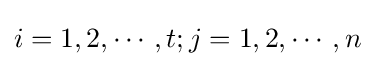
i=1,2,\cdots ,t;j=1,2,\cdots ,n